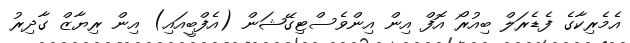
އެމެރިކާގެ ފެޑެރަލް ބިއުރޯ އޮފް އިން އިންވެސްޓިގޭޝަން (އެފްބީއައި) އިން ރިޔާޒް ގާދިރު